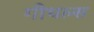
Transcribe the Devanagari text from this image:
गीथल्स